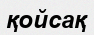
қойсақ